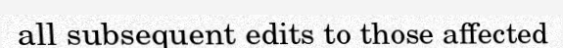
all subsequent edits to those affected